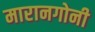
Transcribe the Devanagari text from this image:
मारानगोनी